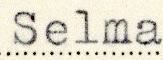
Selma